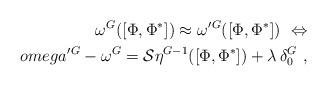
LaTeX: \begin{align*}\omega^G ([\Phi,\Phi^*]) \approx \omega'{}^G ([\Phi,\Phi^*])\ \Leftrightarrow\\omega'{}^G - \omega^G ={\cal S}\eta^{G-1}([\Phi,\Phi^*]) +\lambda\, \delta_0^G \ ,\end{align*}